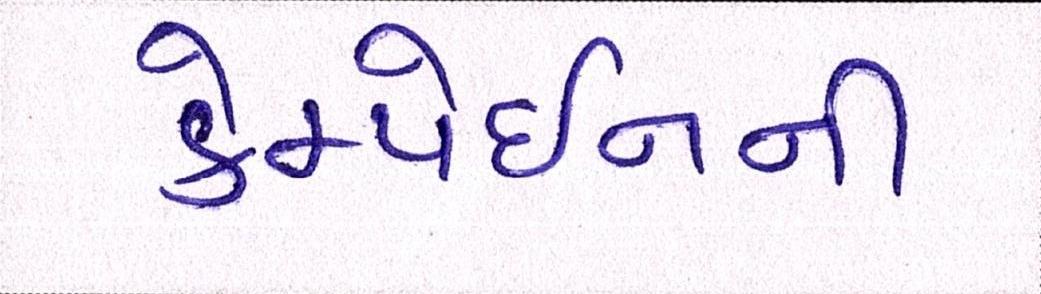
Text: કેમ્પેઇનની